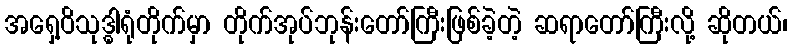
အရှေ့ဝိသုဒ္ဓါရုံတိုက်မှာ တိုက်အုပ်ဘုန်းတော်ကြီးဖြစ်ခဲ့တဲ့ ဆရာတော်ကြီးလို့ ဆိုတယ်၊